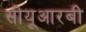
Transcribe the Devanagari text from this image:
सीयूआरबी